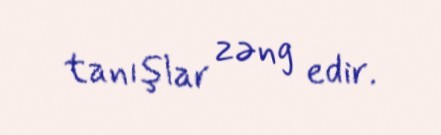
tanışlar zəng edir.